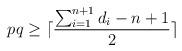
LaTeX: \begin{align*}pq \ge \lceil \frac{\sum_{i=1}^{n+1} d_i - n +1 }{2} \rceil\end{align*}